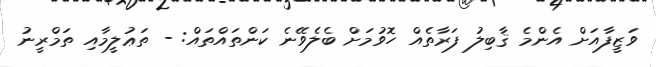
ވަޒީފާއަށް އެންމެ ޤާބިލު ފަރާތެއް ހޮވުމަށް ބެލެވޭނެ ކަންތައްތައް: - ތަޢުލީމާއި ތަމްރީނު